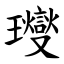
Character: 𤫉